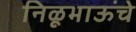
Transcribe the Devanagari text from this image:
निळूभाऊंचे